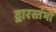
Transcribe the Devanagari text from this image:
द्वारस्तंभों